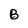
Character: B